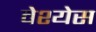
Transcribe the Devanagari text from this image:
वेश्येस